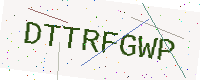
Text: DTTRFGWP